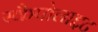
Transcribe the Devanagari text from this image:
स्कैपोलाइट